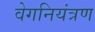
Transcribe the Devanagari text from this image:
वेगनियंत्रण